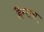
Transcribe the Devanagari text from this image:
हैम्सन